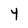
Character: 4